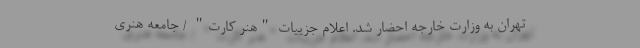
تهران به وزارت خارجه احضار شد. اعلام جزییات "هنر کارت" / جامعه هنری